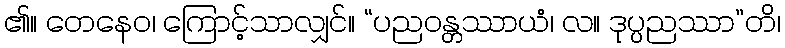
၏။ တေနေဝ၊ ကြောင့်သာလျှင်။ “ပညဝန္တဿာယံ၊ လ။ ဒုပ္ပညဿာ”တိ၊